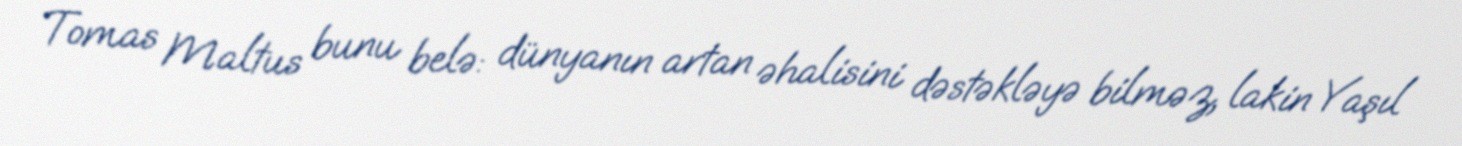
Tomas Maltus bunu belə: dünyanın artan əhalisini dəstəkləyə bilməz, lakin Yaşıl